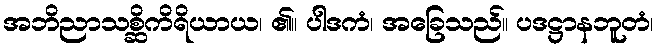
အဘိညာသစ္ဆိကိရိယာယ၊ ၏။ ပါဒကံ၊ အခြေသည်။ ပဒဋ္ဌာနဘူတံ၊